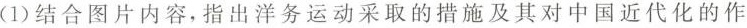
(1)结合图片内容，指出洋务运动采取的措施及其对中国近代化的作